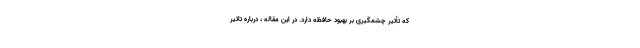
که تأثیر چشمگیری بر بهبود حافظه دارد. در این مقاله ، درباره تاثیر